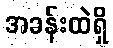
အခန်းထဲရှိ